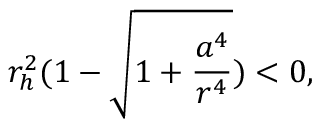
r _ { h } ^ { 2 } ( 1 - \sqrt { 1 + \frac { a ^ { 4 } } { r ^ { 4 } } } ) < 0 ,